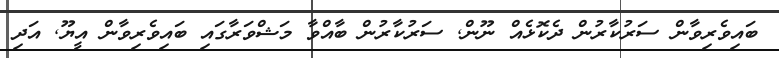
ބައިވެރިވާން ސަރުކާރުން ދެކޮޅެއް ނޫން